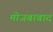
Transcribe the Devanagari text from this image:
मोजबाबाद